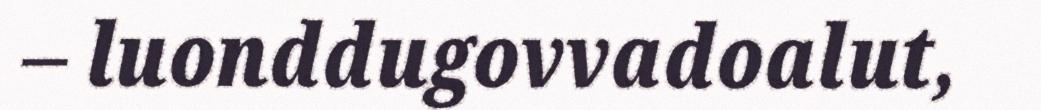
– luonddugovvadoalut,